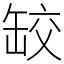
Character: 䍊